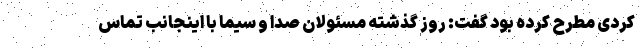
کردی مطرح کرده بود گفت: روز گذشته مسئولان صدا و سیما با اینجانب تماس